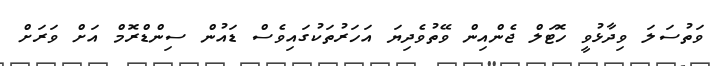
ވަތުސަލަ ވިދާޅުވީ ހޮޓަލް ޖެންއިން ވޭތުވެދިޔަ އަހަރުތަކުގައިވެސް ޑައުން ސިންޑްރޮމް އަށް ވަރަށް